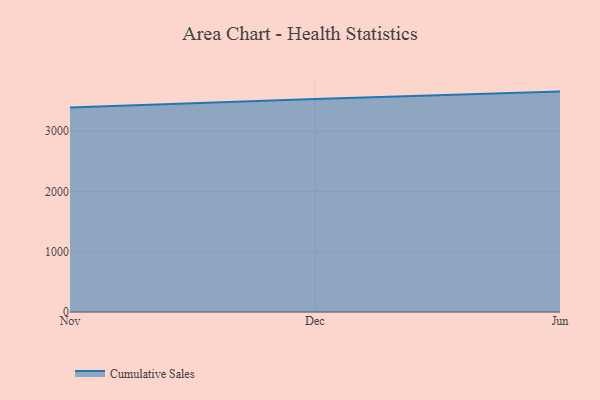
{"axis": {"x": "Month", "y": "LTV (USD)"}, "legend": ["Cumulative Sales"], "data": [{"x": "Nov", "y": 3394.6, "type": "Cumulative Sales"}, {"x": "Dec", "y": 3533.1, "type": "Cumulative Sales"}, {"x": "Jun", "y": 3657.9, "type": "Cumulative Sales"}]}